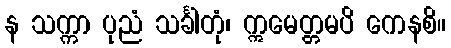
န သက္ကာ ပုညံ သင်္ခါတုံ၊ ဣမေတ္တမပိ ကေနစိ။